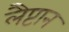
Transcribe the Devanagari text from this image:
लैप्टान